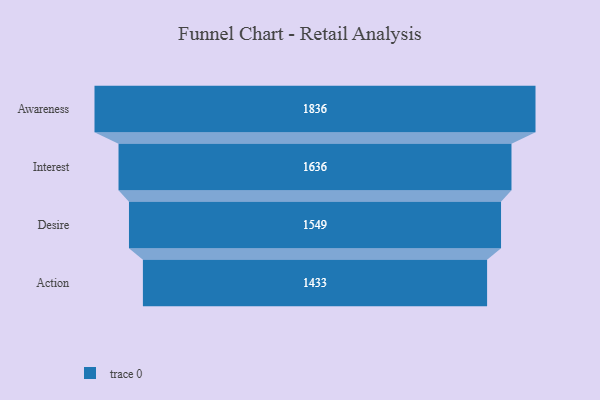
{"axis": {"x": "Stage", "y": "Value"}, "legend": [""], "data": [{"x": "Awareness", "y": 1836.0, "type": ""}, {"x": "Interest", "y": 1636.0, "type": ""}, {"x": "Desire", "y": 1549.0, "type": ""}, {"x": "Action", "y": 1433.0, "type": ""}]}